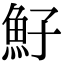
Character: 䰵